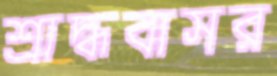
শ্রাদ্ধবাসর